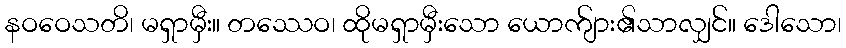
နဝဝေသတိ၊ မရှာမှီး။ တဿေဝ၊ ထိုမရှာမှီးသော ယောက်ျား၏သာလျှင်။ ဒေါသော၊